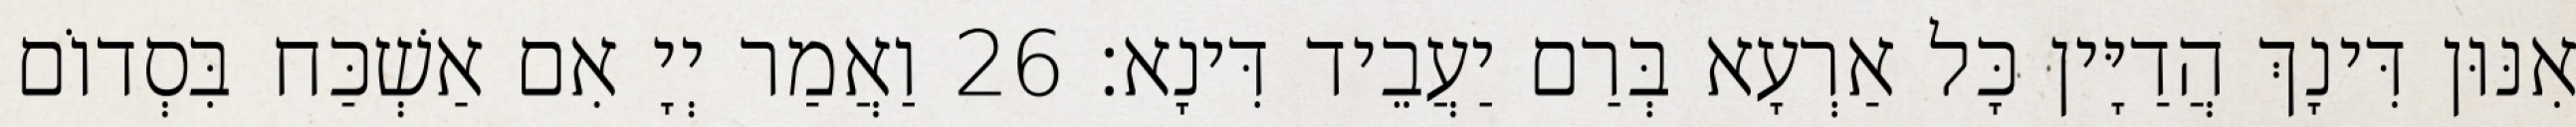
אִנּוּן דִּינָךְ הֲדַיָּין כָּל אַרְעָא בְּרַם יַעֲבֵיד דִּינָא׃ 26 וַאֲמַר יְיָ אִם אַשְׁכַּח בִּסְדוֹם